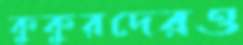
কুকুরদেরও